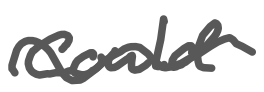
Text: could
Cross-out: wave
Writing tool: digital_gray